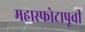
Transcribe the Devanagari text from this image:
महास्फोटापूर्वी